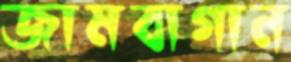
জামবাগান